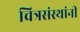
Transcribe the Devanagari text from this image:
चित्रसंस्थांनी